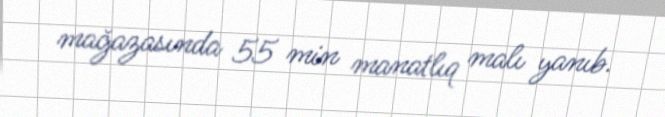
mağazasında 55 min manatlıq malı yanıb.